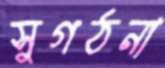
সুগঠনা